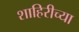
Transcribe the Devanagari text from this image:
शाहिरीच्या